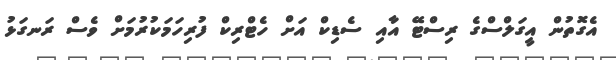
އެގޮތުން އީގަލްސްގެ ރިސްޓޭ އާއި ސެޑިކް އަށް ހެޓްރިކް ފުރިހަމަކުރުމަށް ވެސް ރަނގަޅު